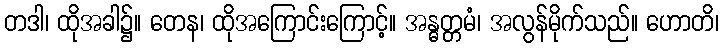
တဒါ၊ ထိုအခါ၌။ တေန၊ ထိုအကြောင်းကြောင့်။ အန္ဓတ္တမံ၊ အလွန်မိုက်သည်။ ဟောတိ၊